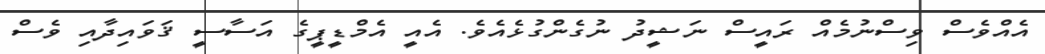
އެއްވެސް ވިސްނުމެއް ރައީސް ނަޝީދު ނުގެންގުޅެއެވެ. އެއީ އެމްޑީޕީގެ އަސާސީ ޤަވައިދާއި ވެސް